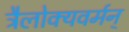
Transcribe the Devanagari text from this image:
त्रैलोक्यवर्मन्‌